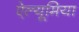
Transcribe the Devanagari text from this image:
ऐल्यूमिया